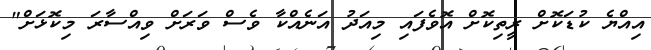
އިއްޔެ ކުޑަކޮށް ރީތިކޮށް އޮވެފައި މިއަދު އަނެއްކާ ވެސް ވަރަށް ވިއްސާރަ މިކޮޅަށް"